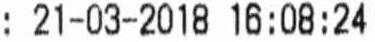
: 21-03-2018 16:08:24